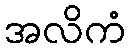
အလိကံ